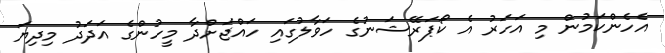
އެހެންކަމުން މި އަހަރު އެ ކޯޕަރޭޝަނުގެ ހަވާލުގައި ހައްޖަށްދާ މީހުންގެ އަދަދު މިދިޔަ